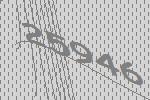
25946